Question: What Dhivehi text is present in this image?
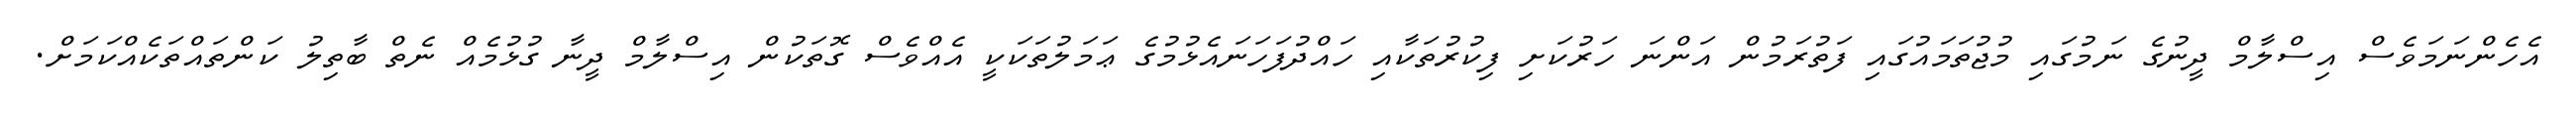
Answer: އެހެންނަމަވެސް އިސްލާމް ދީނުގެ ނަމުގައި މުޖުތަމައުގައި ފަތުރަމުން އަންނަ ހަރުކަށި ފިކުރުތަކާއި ހައްދުފަހަނައެޅުމުގެ ޢަމަލުތަކަކީ އެއްވެސް ގޮތަކުން އިސްލާމް ދީނާ ގުޅުމެއް ނެތް ބާތިލު ކަންތައްތަކެއްކަމަށް.